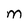
Character: M